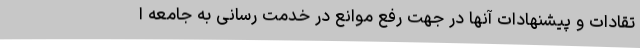
تقادات و پیشنهادات آنها در جهت رفع موانع در خدمت رسانی به جامعه ا